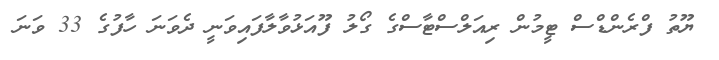
ޔޫތު ފްރެންޑްސް ޓީމުން ރިއަލްސްޓާސްގެ ގޯލު ފޫއަޅުވާލާފައިވަނީ ދެވަނަ ހާފުގެ 33 ވަނަ